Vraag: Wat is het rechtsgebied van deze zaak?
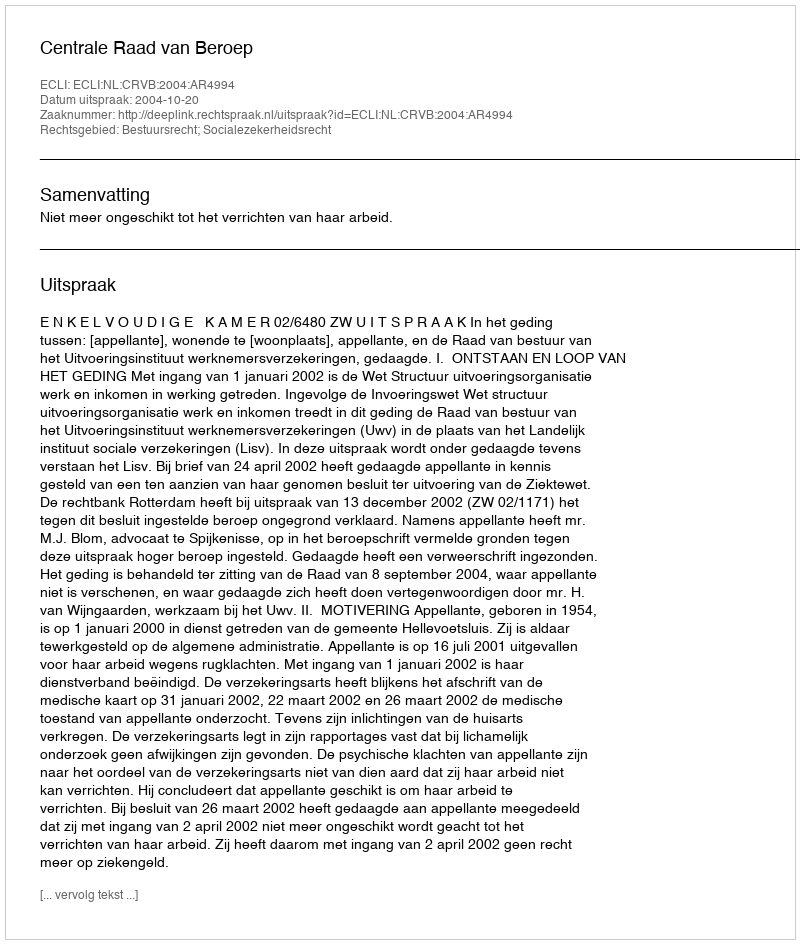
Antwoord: Bestuursrecht; Socialezekerheidsrecht